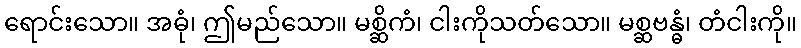
ရောင်းသော။ အဓုံ၊ ဤမည်သော။ မစ္ဆိကံ၊ ငါးကိုသတ်သော။ မစ္ဆဗန္ဓံ၊ တံငါးကို။